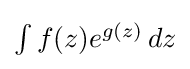
\textstyle \int f(z)e^{g(z)}\,dz